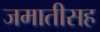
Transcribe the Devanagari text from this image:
जमातीसह